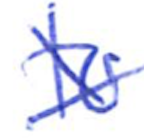
Text: to
Cross-out: cross
Writing tool: ballpoint